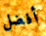
أفضل